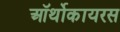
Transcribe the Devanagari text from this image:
ऑर्थोकायरस